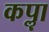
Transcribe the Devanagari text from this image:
कॣपा